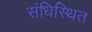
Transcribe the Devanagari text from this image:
संधिस्थित